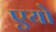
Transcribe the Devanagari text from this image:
एयो